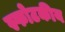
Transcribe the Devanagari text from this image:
स्फोटकीय